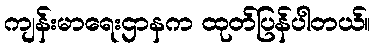
ကျန်းမာရေးဌာနက ထုတ်ပြန်ပါတယ်။